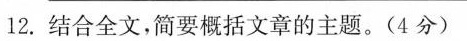
2.结合全文，简要概括文章的主题。(4分)